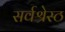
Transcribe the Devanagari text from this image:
सर्वश्रेस्ठ